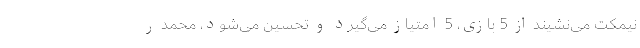
نیمکت می‌نشیند از 5 بازی، 5 امتیاز می‌گیرد و تحسین می‌شود، محمد ر